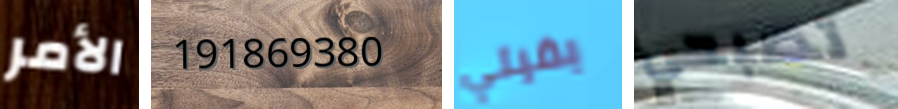
الأمر 191869380 بقيتي تصبحي